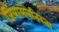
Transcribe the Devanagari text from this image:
जियामबैतिस्ता